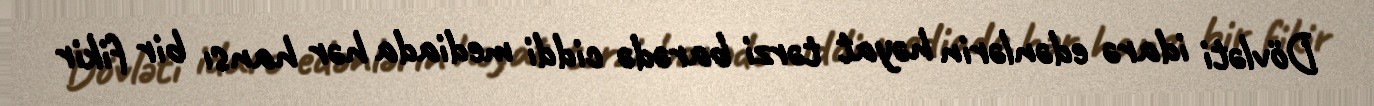
Dövləti idarə edənlərin həyat tərzi barədə ciddi mediada hər hansı bir fikir